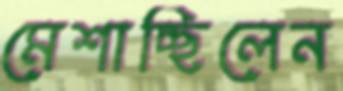
মেশাচ্ছিলেন